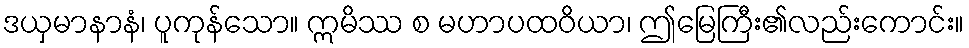
ဒယှမာနာနံ၊ ပူကုန်သော။ ဣမိဿ စ မဟာပထဝိယာ၊ ဤမြေကြီး၏လည်းကောင်း။